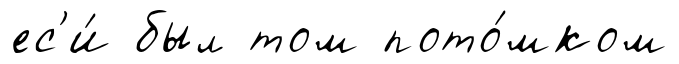
ес'и́ был том пото́мком